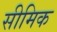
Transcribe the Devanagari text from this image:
सीमिक